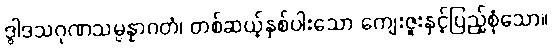
ဒွါဒသဂုဏသမ္ပန္နာဂတံ၊ တစ်ဆယ့်နှစ်ပါးသော ကျေးဇူးနှင့်ပြည့်စုံသော။